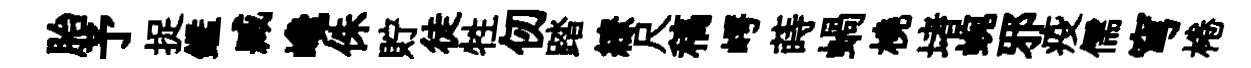
胎予捉鑑臧巉侏貯徒牲仞踏繚尺稿崿蒔蝸橈堵蜿邪疫儒穹棬